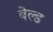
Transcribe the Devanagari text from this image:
बेल्ड